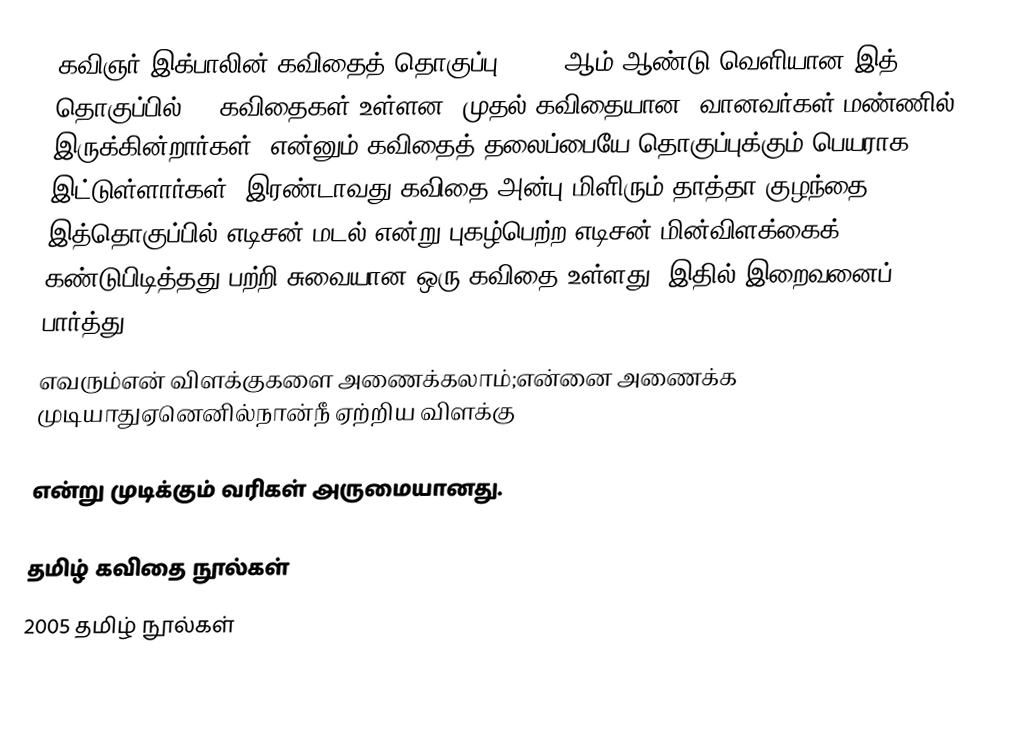
கவிஞர் இக்பாலின் கவிதைத் தொகுப்பு. 2005 ஆம் ஆண்டு வெளியான இத் தொகுப்பில் 45 கவிதைகள் உள்ளன. முதல் கவிதையான "வானவர்கள் மண்ணில் இருக்கின்றார்கள்" என்னும் கவிதைத் தலைப்பையே தொகுப்புக்கும் பெயராக இட்டுள்ளார்கள். இரண்டாவது கவிதை அன்பு மிளிரும் தாத்தா குழந்தை. இத்தொகுப்பில் எடிசன் மடல் என்று புகழ்பெற்ற எடிசன் மின்விளக்கைக் கண்டுபிடித்தது பற்றி சுவையான ஒரு கவிதை உள்ளது. இதில் இறைவனைப் பார்த்து
எவரும்என் விளக்குகளை அணைக்கலாம்;என்னை அணைக்க முடியாதுஏனெனில்நான்நீ ஏற்றிய விளக்கு

என்று முடிக்கும் வரிகள் அருமையானது.

தமிழ் கவிதை நூல்கள்
2005 தமிழ் நூல்கள்